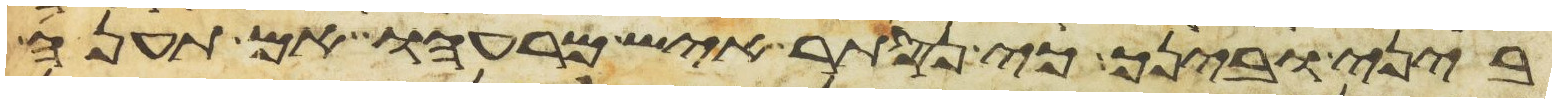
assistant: ביני ובינך כי נסתר איש מרעהו אם תענה